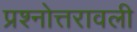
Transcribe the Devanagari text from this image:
प्रश्नोत्तरावली